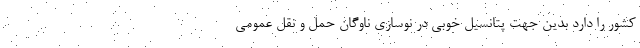
کشور را دارد بدین جهت پتانسیل خوبی در نوسازی ناوگان حمل و نقل عمومی